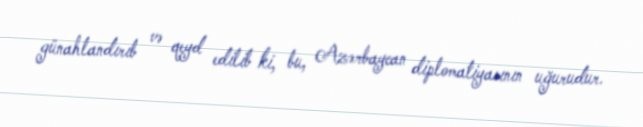
günahlandırıb və qeyd edilib ki, bu, Azərbaycan diplomatiyasının uğurudur.